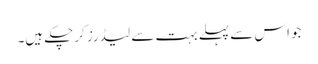
جو اس سے پہلے بہت سے لیڈرز کرچکے ہیں۔